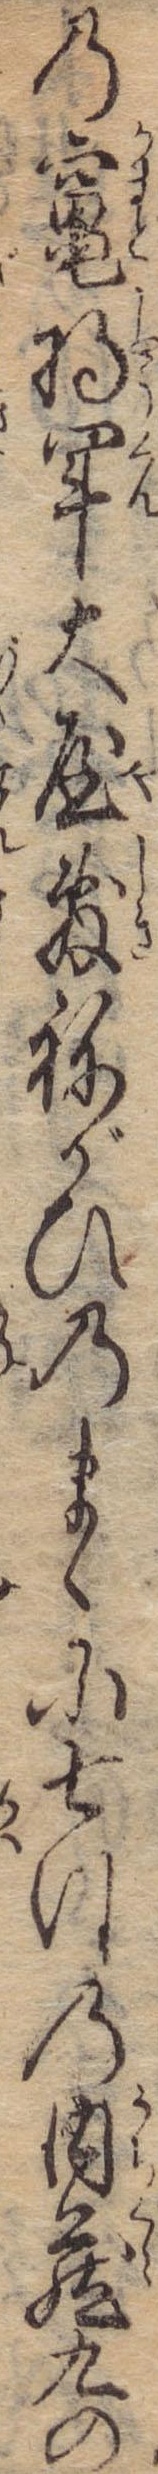
の竃将軍大屋敷ねがひのまゝに七つの内蔵九の